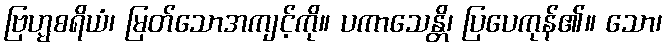
ဗြဟ္မစရိယံ၊ မြတ်သောအကျင့်ကို။ ပကာသေန္တိ၊ ပြပေကုန်၏။ သော၊